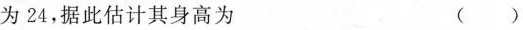
为24，据此估计其身高为 ()